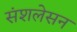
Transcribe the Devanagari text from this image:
संशलेसन